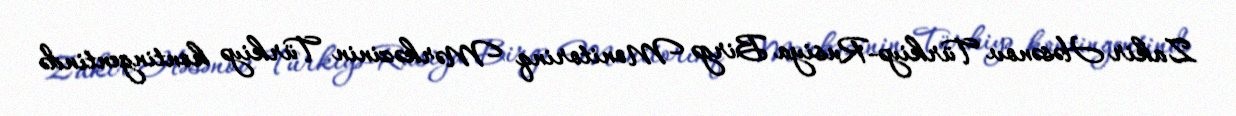
Zakir Həsənov Türkiyə-Rusiya Birgə Monitorinq Mərkəzinin Türkiyə kontingentində